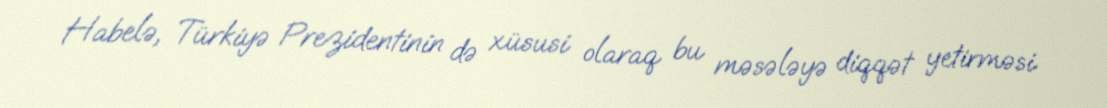
Habelə, Türkiyə Prezidentinin də xüsusi olaraq bu məsələyə diqqət yetirməsi